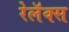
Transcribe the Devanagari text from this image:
रेलॅक्स